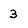
Character: 3